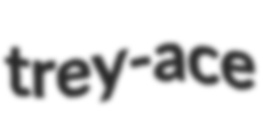
trey-ace